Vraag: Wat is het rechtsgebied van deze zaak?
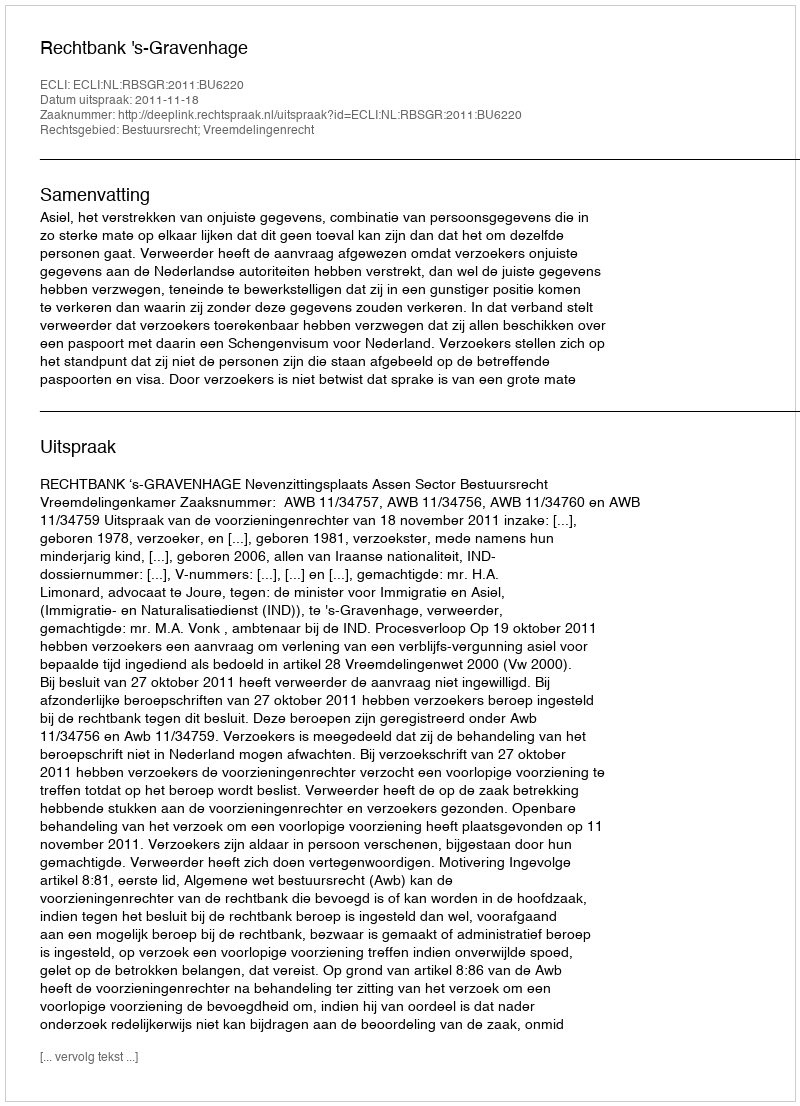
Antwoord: Bestuursrecht; Vreemdelingenrecht